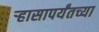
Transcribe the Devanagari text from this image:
ऱ्हासापर्यंतच्या